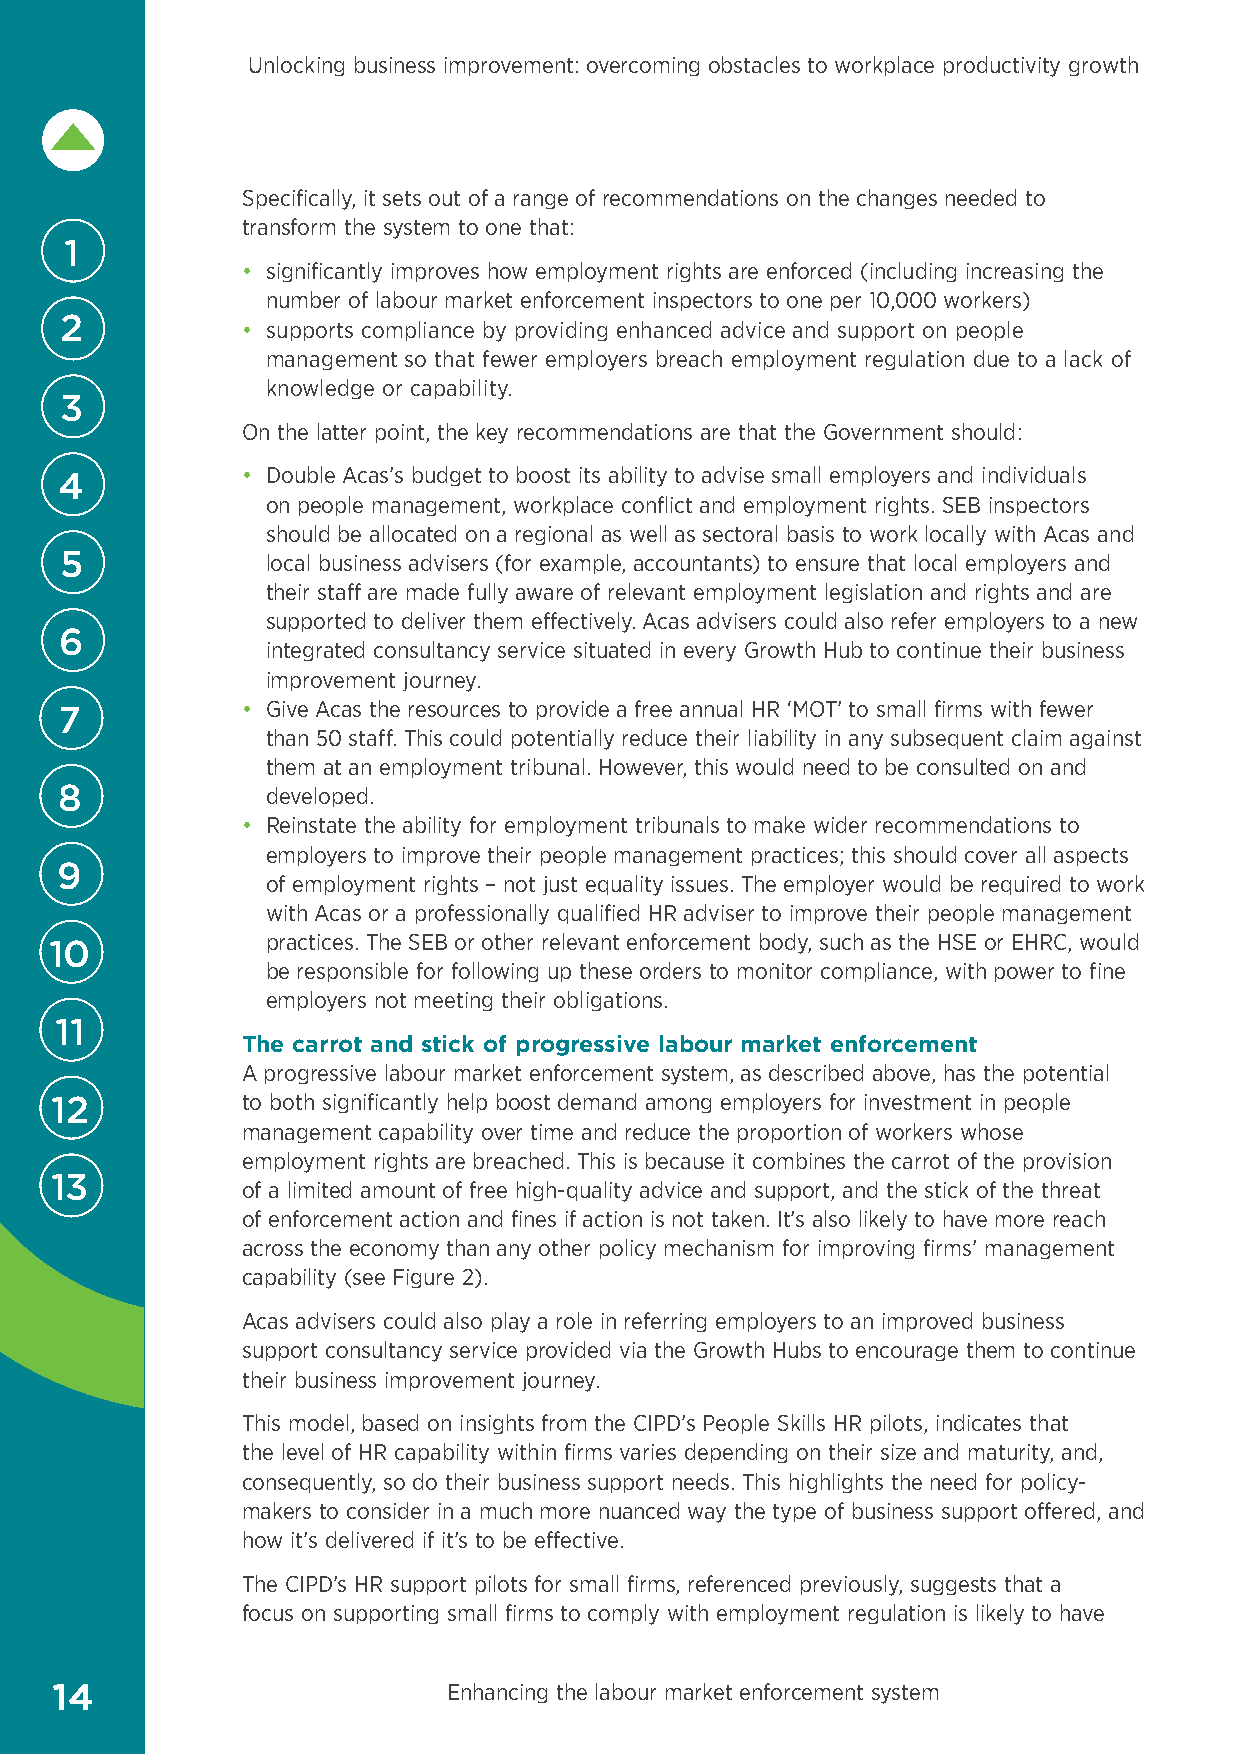
Unlocking business improvement: overcoming obstacles to workplace productivity growth
 Specifically, it sets out of a range of recommendations on the changes needed to
 transform the system to one that:
 1
 • significantly improves how employment rights are enforced (including increasing the
 number of labour market enforcement inspectors to one per 10,000 workers)
 2           • supports compliance by providing enhanced advice and support on people
 management so that fewer employers breach employment regulation due to a lack of
 knowledge or capability.
 3
 On the latter point, the key recommendations are that the Government should:
 • Double Acas’s budget to boost its ability to advise small employers and individuals
 4
 on people management, workplace conflict and employment rights. SEB inspectors
 should be allocated on a regional as well as sectoral basis to work locally with Acas and
 5             local business advisers (for example, accountants) to ensure that local employers and
 their staff are made fully aware of relevant employment legislation and rights and are
 supported to deliver them effectively. Acas advisers could also refer employers to a new
 6
 integrated consultancy service situated in every Growth Hub to continue their business
 improvement journey.
 • Give Acas the resources to provide a free annual HR ‘MOT’ to small firms with fewer
 7
 than 50 staff. This could potentially reduce their liability in any subsequent claim against
 them at an employment tribunal. However, this would need to be consulted on and
 8             developed.
 • Reinstate the ability for employment tribunals to make wider recommendations to
 employers to improve their people management practices; this should cover all aspects
 9
 of employment rights – not just equality issues. The employer would be required to work
 with Acas or a professionally qualified HR adviser to improve their people management
 practices. The SEB or other relevant enforcement body, such as the HSE or EHRC, would
 10
 be responsible for following up these orders to monitor compliance, with power to fine
 employers not meeting their obligations.
 11
 The carrot and stick of progressive labour market enforcement
 A progressive labour market enforcement system, as described above, has the potential
 12           to both significantly help boost demand among employers for investment in people
 management capability over time and reduce the proportion of workers whose
 employment rights are breached. This is because it combines the carrot of the provision
 13
 of a limited amount of free high-quality advice and support, and the stick of the threat
 of enforcement action and fines if action is not taken. It’s also likely to have more reach
 across the economy than any other policy mechanism for improving firms’ management
 capability (see Figure 2).
 Acas advisers could also play a role in referring employers to an improved business
 support consultancy service provided via the Growth Hubs to encourage them to continue
 their business improvement journey.
 This model, based on insights from the CIPD’s People Skills HR pilots, indicates that
 the level of HR capability within firms varies depending on their size and maturity, and,
 consequently, so do their business support needs. This highlights the need for policy-
 makers to consider in a much more nuanced way the type of business support offered, and
 how it’s delivered if it’s to be effective.
 The CIPD’s HR support pilots for small firms, referenced previously, suggests that a
 focus on supporting small firms to comply with employment regulation is likely to have
 14                         Enhancing the labour market enforcement system